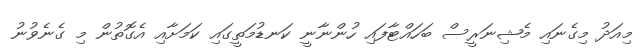
މިއަދު މިގެނައި މެޝިނަރީސް ބަހައްޓާފައި ހުންނާނީ ކަނޑުމަތީގައި ކަމަށާއި އެގޮތުން މި ގެނެވުނު